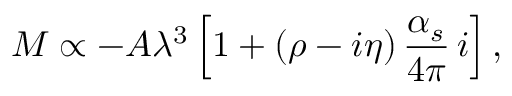
{ \cal M } \propto - A \lambda ^ { 3 } \left[ 1 + ( \rho - i \eta ) \, { \frac { \alpha _ { s } } { 4 \pi } } \, i \right] ,